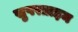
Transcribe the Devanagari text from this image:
सुपरप्राइम